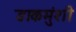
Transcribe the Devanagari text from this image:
डाकमुंशी